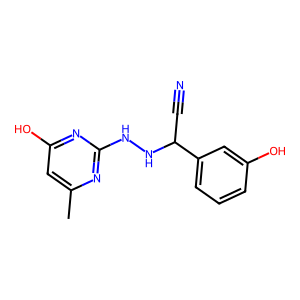
SMILES: Cc1cc(O)nc(NNC(C#N)c2cccc(O)c2)n1
Inhibits HIV replication: No